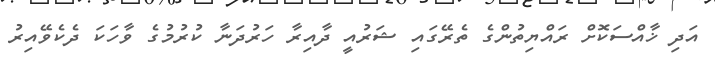
އަދި ޚާއްސަކޮށް ރައްޔިތުންގެ ތެރޭގައި ޝަރުއީ ދާއިރާ ހަރުދަނާ ކުރުމުގެ ވާހަކަ ދެކެވޭއިރު